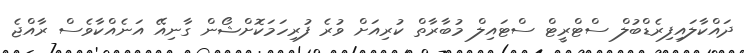
ދައްކާލައިފިރެޑްބުލް ސްޓްރީޓް ސްޓައިލް މުބާރާތް ކުރިއަށް ވުރެ ފުރިހަމަކޮށްޝޯން ގާނިއޭ އަނެއްކާވެސް ރާއްޖެ